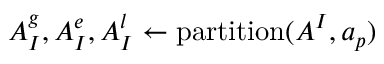
A _ { I } ^ { g } , A _ { I } ^ { e } , A _ { I } ^ { l } \leftarrow \mathrm { p a r t i t i o n } ( A ^ { I } , a _ { p } )